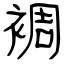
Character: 裯